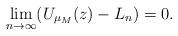
LaTeX: \begin{align*}\lim_{n\to \infty}(U_{\mu_M}(z)-L_{n})=0.\end{align*}